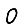
Digit: 0